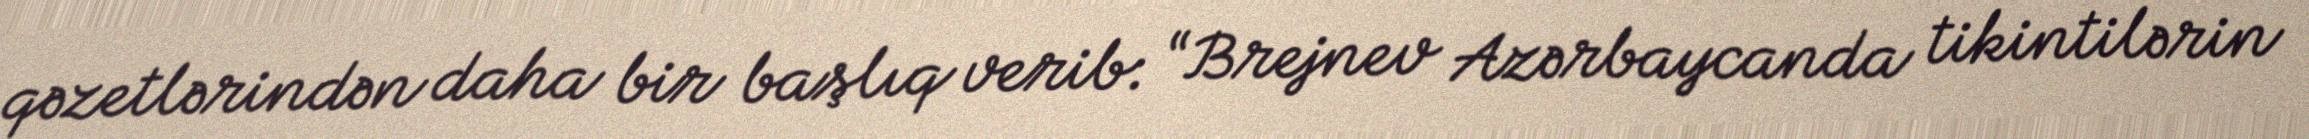
qəzetlərindən daha bir başlıq verib: “Brejnev Azərbaycanda tikintilərin